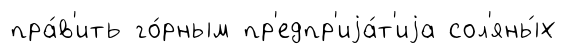
пра́в'ить го́рным пр'едпр'иjа́т'иjа сол'яны́х